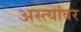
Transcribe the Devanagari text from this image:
अस्त्यांवर